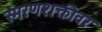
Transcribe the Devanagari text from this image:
स्मरणशक्तीवर